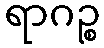
ရာဂဉ္စ